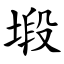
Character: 塅